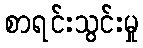
စာရင်းသွင်းမှု